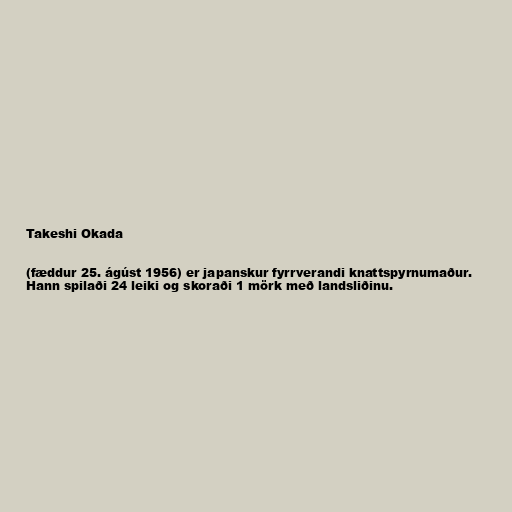
Takeshi Okada

(fæddur 25. ágúst 1956) er japanskur fyrrverandi knattspyrnumaður.
Hann spilaði 24 leiki og skoraði 1 mörk með landsliðinu.